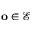
\mathbf o \in \mathcal E